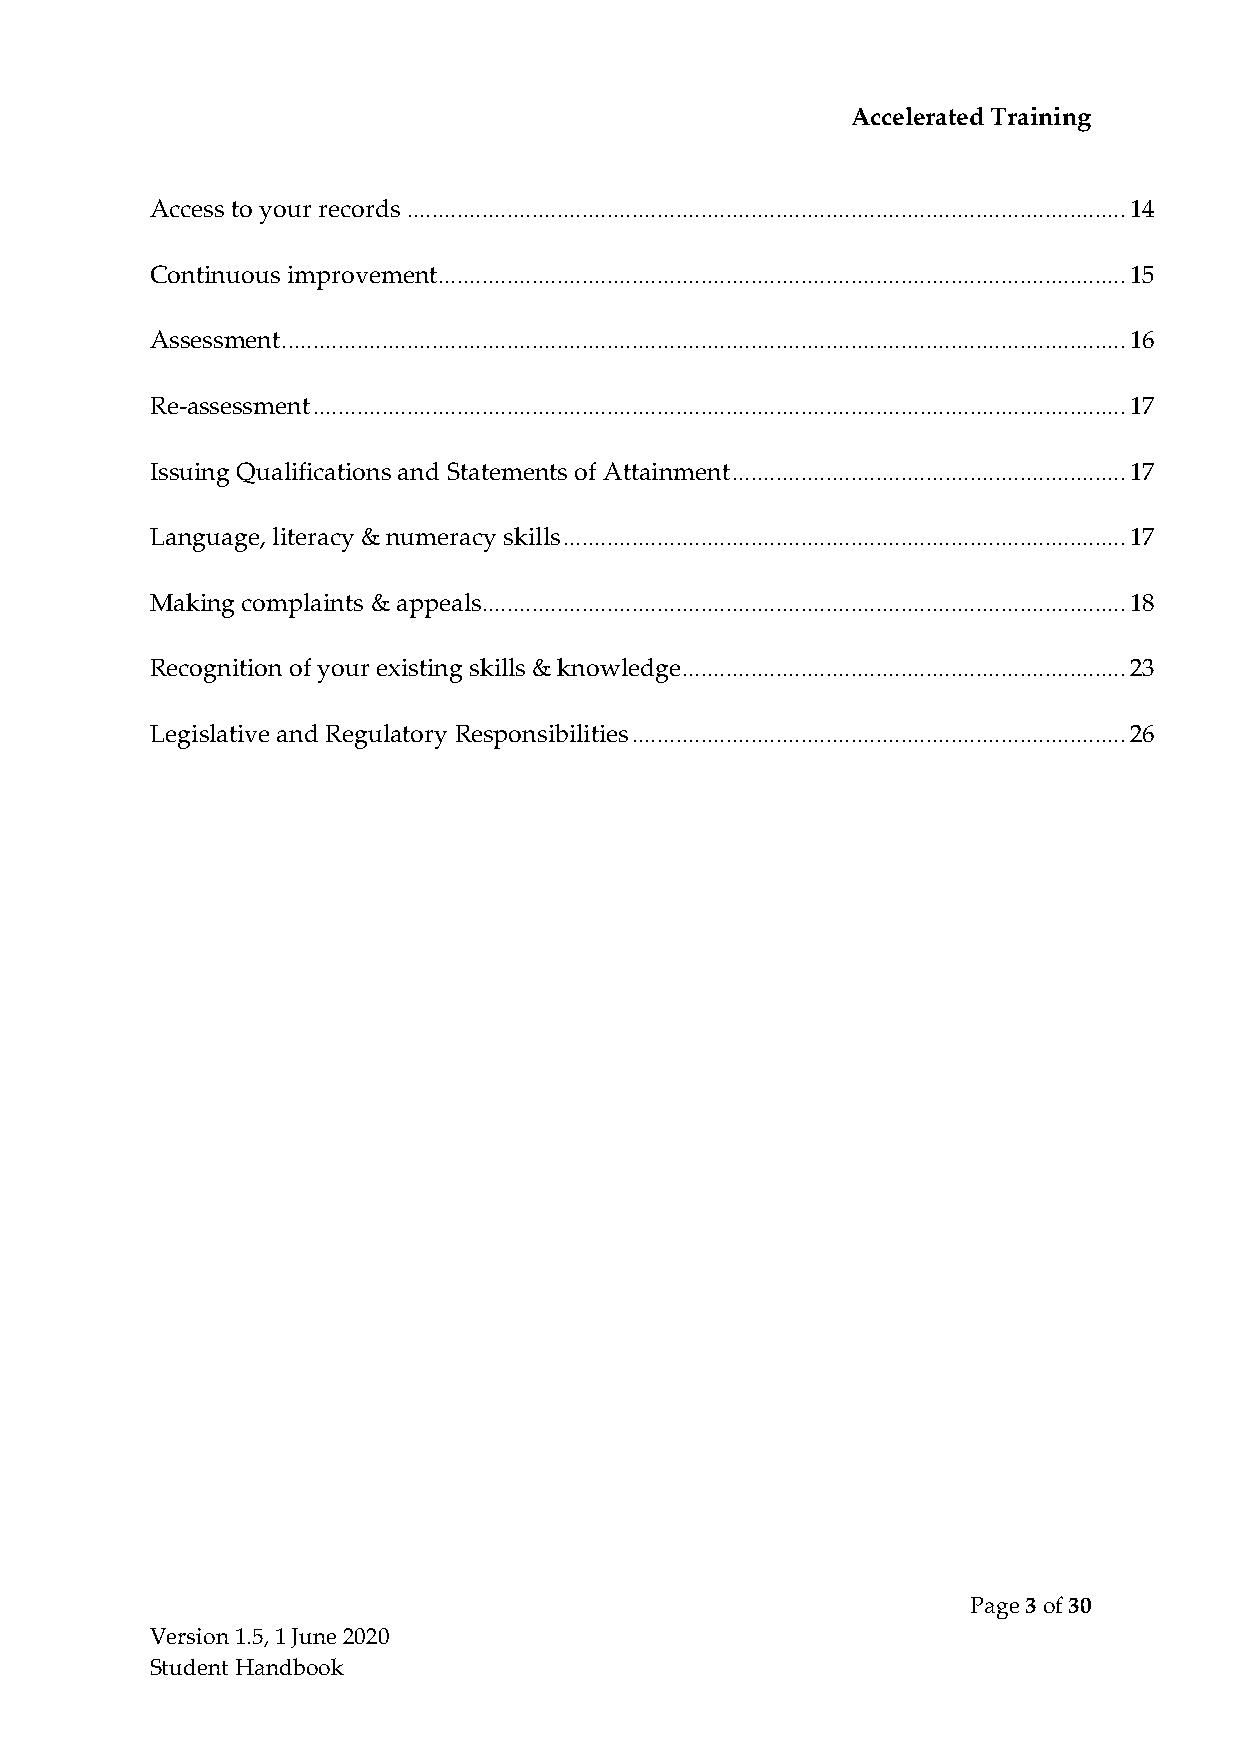
Accelerated Training
 Access to your records ................................................................................................................... 14
 Continuous improvement.............................................................................................................. 15
 Assessment ....................................................................................................................................... 16
 Re-assessment .................................................................................................................................. 17
 Issuing Qualifications and Statements of Attainment ............................................................... 17
 Language, literacy & numeracy skills .......................................................................................... 17
 Making complaints & appeals....................................................................................................... 18
 Recognition of your existing skills & knowledge....................................................................... 23
 Legislative and Regulatory Responsibilities ............................................................................... 26
 Page 3 of 30
 Version 1.5, 1 June 2020
 Student Handbook